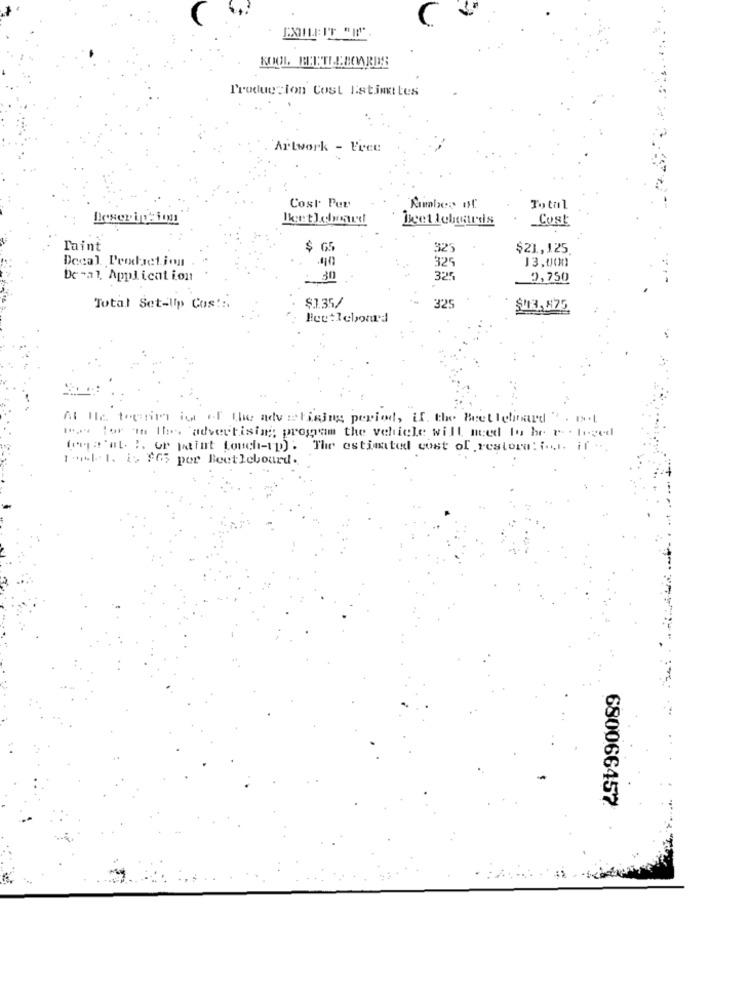
KOOL BEETLEBOARDS
Production Cost Estimates
Artwork - Free
Cost Per
Rimbes of
Total
Beet leboards
Cost
Taint
$ GS
925
$21,125.
Decal. Production
325
13,000
De-al, Application
30
325
0,750
$1.35/
325
Total Set-Up Cos !:.
$113,872
Beetlebond
M Ile tegrim igt of the adv whining period, if. the Beetleboard " . 19.1.
my lor m the advertising; program the vehicle will need to be r . leved
(ma "at ". or patint touch-up) . The estimated cost of restora. i .,. if ..
1. 1. 1. 765 por Beetlebourd.
680066457